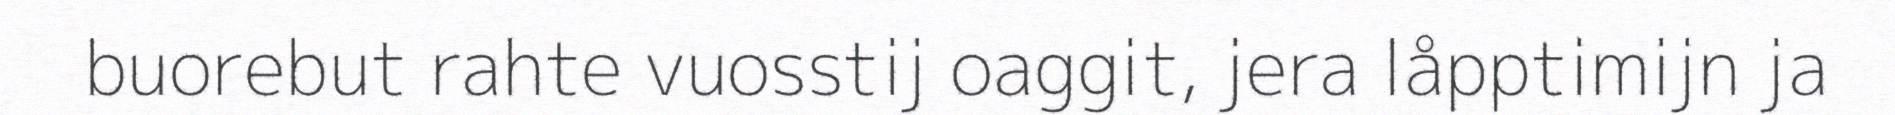
buorebut rahte vuosstij oaggit, jera låpptimijn ja